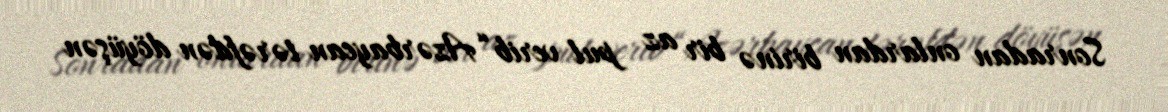
Sonradan onlardan birinə bir az pul verib “Azərbaycan tərəfdən döyüşən